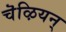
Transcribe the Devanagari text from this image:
चॆऴियन्